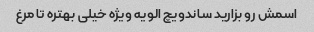
اسمش رو بزارید ساندویچ الویه ویژه خیلی بهتره تا مرغ